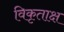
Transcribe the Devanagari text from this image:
विकृताक्ष